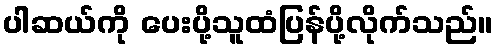
ပါဆယ်ကို ပေးပို့သူထံပြန်ပို့လိုက်သည်။